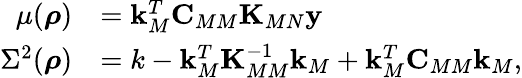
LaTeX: \begin{array}{rl}{\mu(\boldsymbol{\mathbf{\rho}})}&{=\boldsymbol{\mathbf{k}}_{M}^{T}\boldsymbol{\mathbf{C}}_{MM}\boldsymbol{\mathbf{K}}_{MN}\boldsymbol{\mathbf{y}}}\\ {\Sigma^{2}(\boldsymbol{\mathbf{\rho}})}&{=k-\boldsymbol{\mathbf{k}}_{M}^{T}\boldsymbol{\mathbf{K}}_{MM}^{-1}\boldsymbol{\mathbf{k}}_{M}+\boldsymbol{\mathbf{k}}_{M}^{T}\boldsymbol{\mathbf{C}}_{MM}\boldsymbol{\mathbf{k}}_{M},}\end{array}